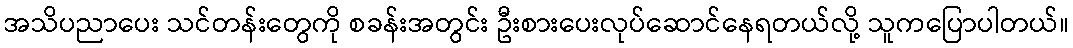
အသိပညာပေး သင်တန်းတွေကို စခန်းအတွင်း ဦးစားပေးလုပ်ဆောင်နေရတယ်လို့ သူကပြောပါတယ်။